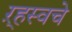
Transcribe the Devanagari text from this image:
ऱ्हस्वचे